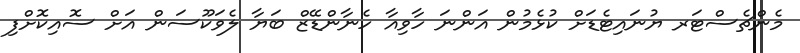
މެންޗެސްޓަރ ޔުނައިޓެޑަށް ކުޅެމުން އަންނަ ހާވިއާ ހެނާންޑޭޒް ބަޔާ ލެވަކޫސަން އަށް ސޮއިކޮށްފި